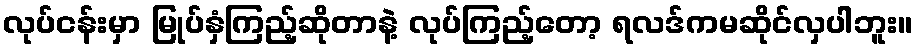
လုပ်ငန်းမှာ မြုပ်နှံကြည့်ဆိုတာနဲ့ လုပ်ကြည့်တော့ ရလဒ်ကမဆိုင်လှပါဘူး။